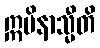
ဣမိနာသ္မီတိ